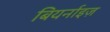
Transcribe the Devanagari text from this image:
बियर्नाइज़